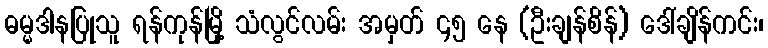
ဓမ္မဒါနပြုသူ ရန်ကုန်မြို့ သံလွင်လမ်း အမှတ် ၄၅ နေ (ဦးချန်စိန်) ဒေါ်ချိန်ကင်း၊